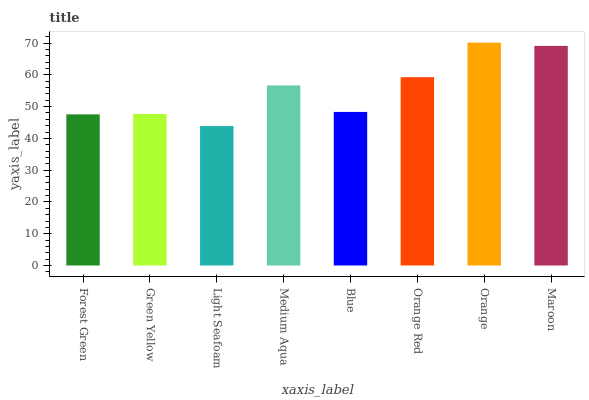
| xaxis_label | bars |
 | --- | --- |
 | Forest Green | 47.6 |
 | Green Yellow | 47.7 |
 | Light Seafoam | 43.9 |
 | Medium Aqua | 56.7 |
 | Blue | 48.3 |
 | Orange Red | 59.3 |
 | Orange | 70.1 |
 | Maroon | 69.1 |